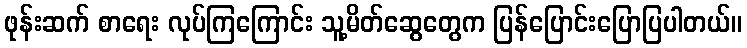
ဖုန်းဆက် စာရေး လုပ်ကြကြောင်း သူ့မိတ်ဆွေတွေက ပြန်ပြောင်းပြောပြပါတယ်။